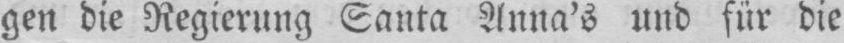
gen die Regierung Santa Anna’s und für die